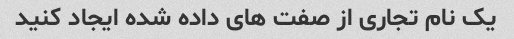
یک نام تجاری از صفت های داده شده ایجاد کنید